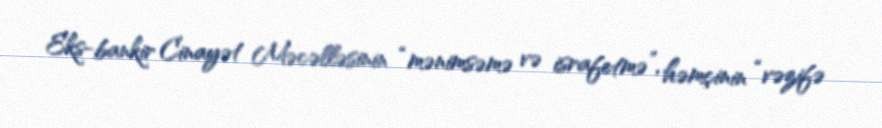
Eks-bankir Cinayət Məcəlləsinin “mənimsəmə və israfetmə”, həmçinin “vəzifə